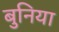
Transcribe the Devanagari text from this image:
बुनिया